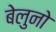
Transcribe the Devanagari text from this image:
बेलुनो